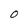
Character: O